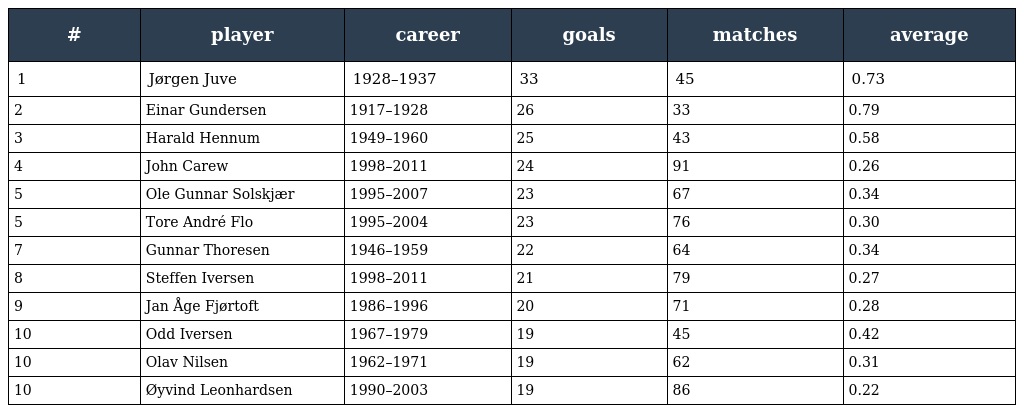
| # | player | career | goals | matches | average |
 | --- | --- | --- | --- | --- | --- |
 | 1 | Jørgen Juve | 1928–1937 | 33 | 45 | 0.73 |
 | 2 | Einar Gundersen | 1917–1928 | 26 | 33 | 0.79 |
 | 3 | Harald Hennum | 1949–1960 | 25 | 43 | 0.58 |
 | 4 | John Carew | 1998–2011 | 24 | 91 | 0.26 |
 | 5 | Ole Gunnar Solskjær | 1995–2007 | 23 | 67 | 0.34 |
 | 5 | Tore André Flo | 1995–2004 | 23 | 76 | 0.30 |
 | 7 | Gunnar Thoresen | 1946–1959 | 22 | 64 | 0.34 |
 | 8 | Steffen Iversen | 1998–2011 | 21 | 79 | 0.27 |
 | 9 | Jan Åge Fjørtoft | 1986–1996 | 20 | 71 | 0.28 |
 | 10 | Odd Iversen | 1967–1979 | 19 | 45 | 0.42 |
 | 10 | Olav Nilsen | 1962–1971 | 19 | 62 | 0.31 |
 | 10 | Øyvind Leonhardsen | 1990–2003 | 19 | 86 | 0.22 |